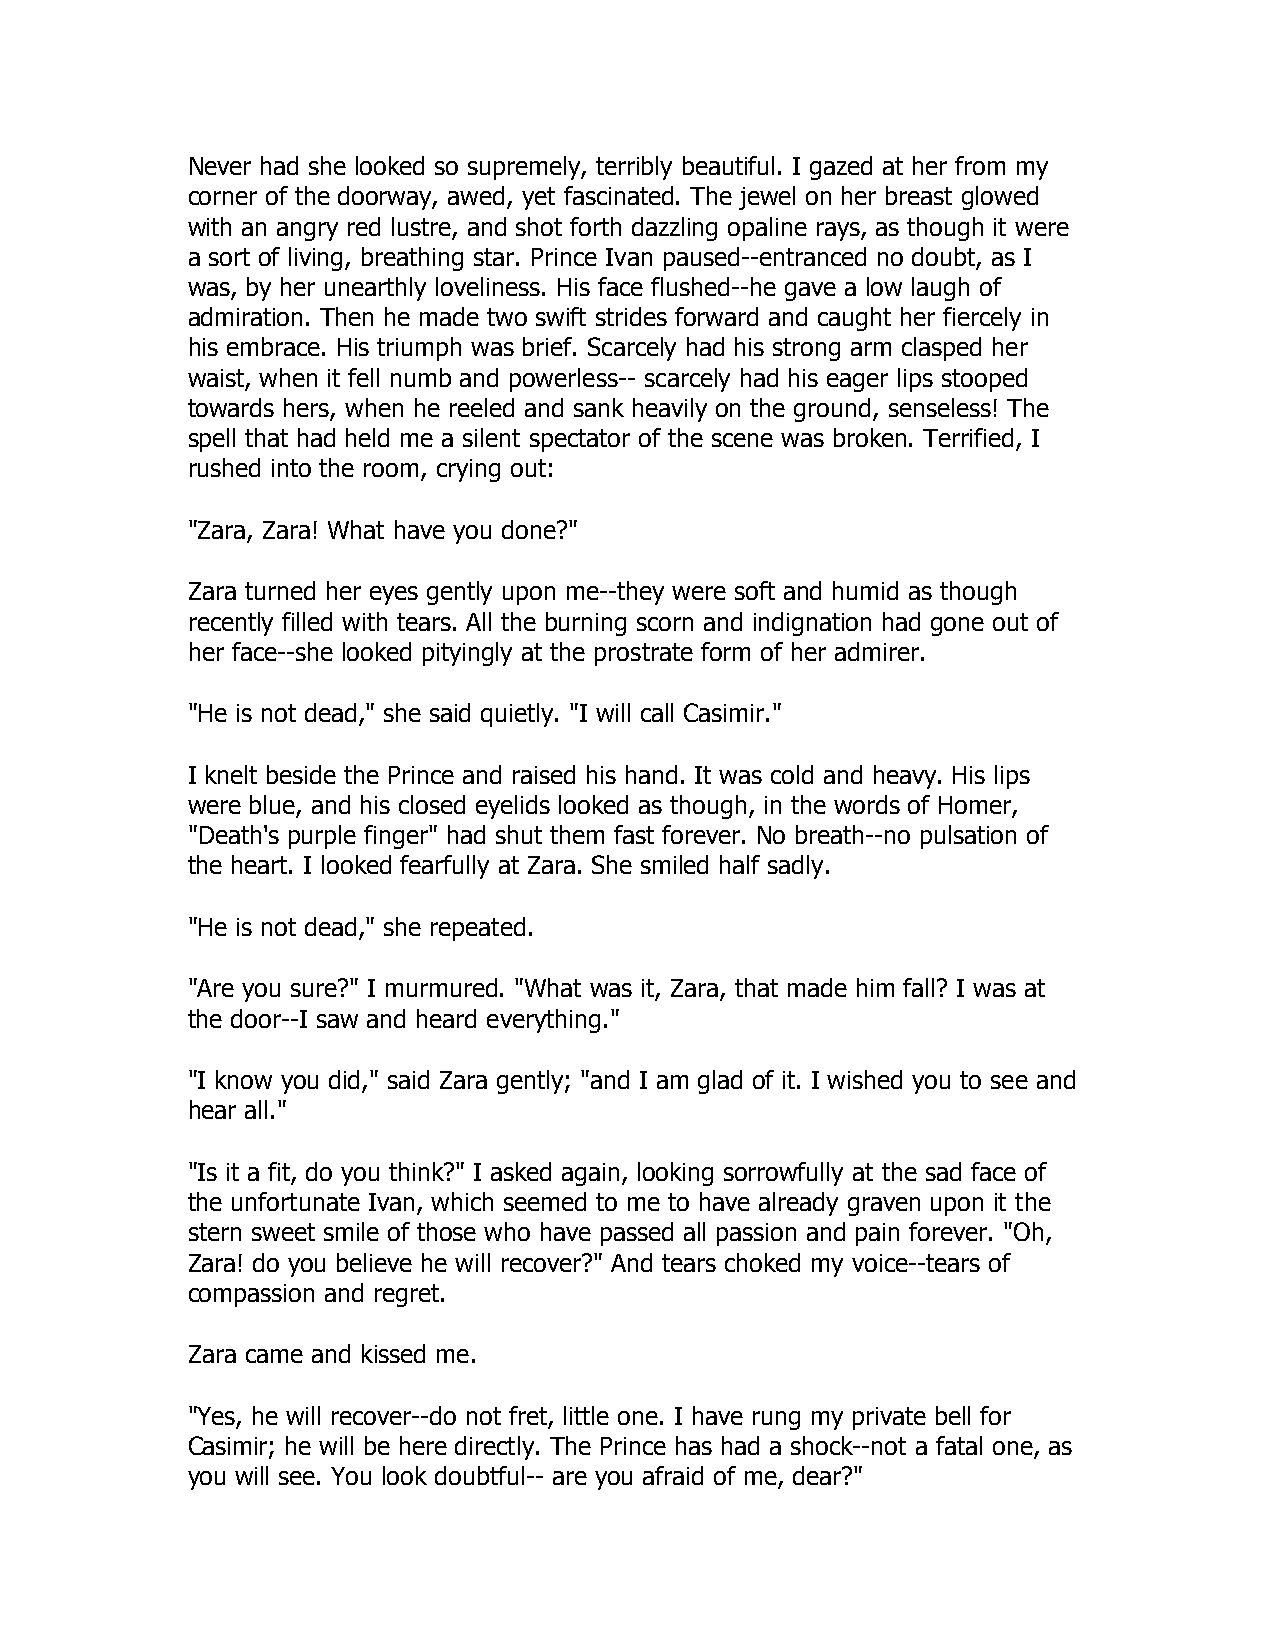
Never had she looked so supremely, terribly beautiful. I gazed at her from my
 corner of the doorway, awed, yet fascinated. The jewel on her breast glowed
 with an angry red lustre, and shot forth dazzling opaline rays, as though it were
 a sort of living, breathing star. Prince Ivan paused--entranced no doubt, as I
 was, by her unearthly loveliness. His face flushed--he gave a low laugh of
 admiration. Then he made two swift strides forward and caught her fiercely in
 his embrace. His triumph was brief. Scarcely had his strong arm clasped her
 waist, when it fell numb and powerless-- scarcely had his eager lips stooped
 towards hers, when he reeled and sank heavily on the ground, senseless! The
 spell that had held me a silent spectator of the scene was broken. Terrified, I
 rushed into the room, crying out:
 "Zara, Zara! What have you done?"
 Zara turned her eyes gently upon me--they were soft and humid as though
 recently filled with tears. All the burning scorn and indignation had gone out of
 her face--she looked pityingly at the prostrate form of her admirer.
 "He is not dead," she said quietly. "I will call Casimir."
 I knelt beside the Prince and raised his hand. It was cold and heavy. His lips
 were blue, and his closed eyelids looked as though, in the words of Homer,
 "Death's purple finger" had shut them fast forever. No breath--no pulsation of
 the heart. I looked fearfully at Zara. She smiled half sadly.
 "He is not dead," she repeated.
 "Are you sure?" I murmured. "What was it, Zara, that made him fall? I was at
 the door--I saw and heard everything."
 "I know you did," said Zara gently; "and I am glad of it. I wished you to see and
 hear all."
 "Is it a fit, do you think?" I asked again, looking sorrowfully at the sad face of
 the unfortunate Ivan, which seemed to me to have already graven upon it the
 stern sweet smile of those who have passed all passion and pain forever. "Oh,
 Zara! do you believe he will recover?" And tears choked my voice--tears of
 compassion and regret.
 Zara came and kissed me.
 "Yes, he will recover--do not fret, little one. I have rung my private bell for
 Casimir; he will be here directly. The Prince has had a shock--not a fatal one, as
 you will see. You look doubtful-- are you afraid of me, dear?"